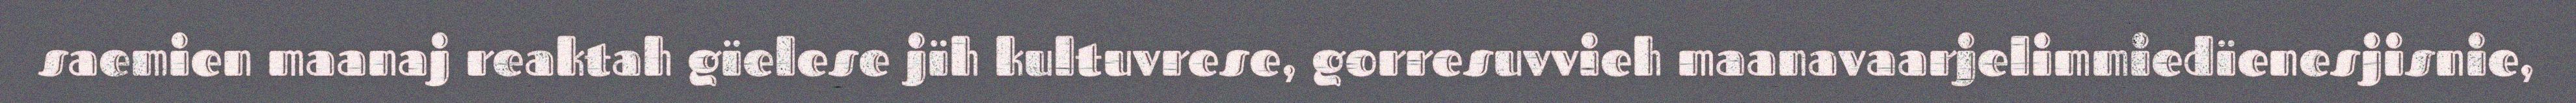
saemien maanaj reaktah gïelese jïh kultuvrese, gorresuvvieh maanavaarjelimmiedïenesjisnie,